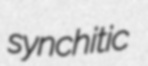
synchitic